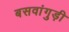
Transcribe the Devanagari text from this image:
बसवांगुड़ी